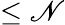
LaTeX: \leq\mathscr{N}